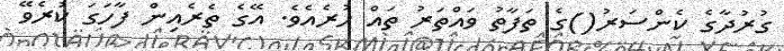
ގުރުދާގެ ކެންސަރު()ގެ ތަފާތު ވައްތަރު ތައް ހުރެއެވެ. އޭގެ ތެރެއިން ފާހަގަ ކުރެވޭ